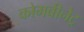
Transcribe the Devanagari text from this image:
कोमबीनेट्र